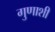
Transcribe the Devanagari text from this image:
गुणाशी